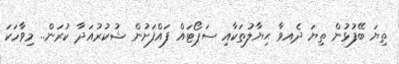
ތިޔަ ބޭފުޅުން ތިޔަ ދެއވާ ޙިޔާލުތަކާއި ސަޕޯޓައް ފައްފަށުން ޝުކުރުއަދާ ކުރަން.. މިވާހަކަ